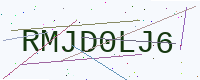
Text: RMJD0LJ6